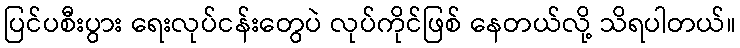
ပြင်ပစီးပွား ရေးလုပ်ငန်းတွေပဲ လုပ်ကိုင်ဖြစ် နေတယ်လို့ သိရပါတယ်။